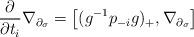
LaTeX: \begin{align*} \frac{\partial}{\partial t_i} \nabla_{\partial_\sigma} = \big[ (g^{-1} p_{-i} g)_+, \nabla_{\partial_\sigma} \big] \end{align*}